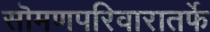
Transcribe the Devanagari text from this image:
सॊमणपरिवारातर्फे